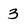
Character: 3